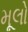
મૂલો